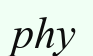
рһу